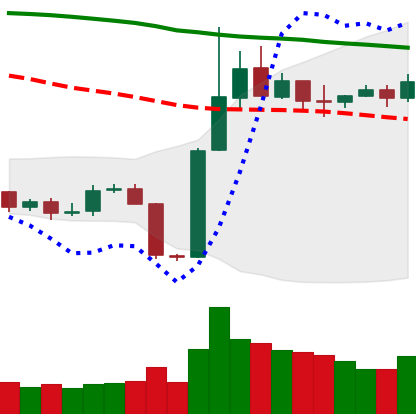
Ticker: BTC-USD
Chart end date: 2019-11-04
Forward return: -6.364%
Label: down_5_7